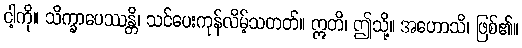
ငါ့ကို။ သိက္ခာပေဿန္တိ၊ သင်ပေးကုန်လိမ့်သတတ်။ ဣတိ၊ ဤသို့။ အဟောသိ၊ ဖြစ်၏။